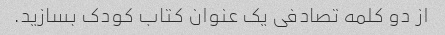
از دو کلمه تصادفی یک عنوان کتاب کودک بسازید.